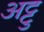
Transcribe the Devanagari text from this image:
अट्टु